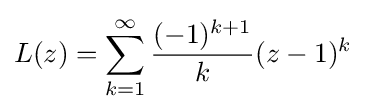
L(z)=\sum _{k=1}^{\infty }{\frac {(-1)^{k+1}}{k}}(z-1)^{k}